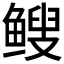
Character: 𫠑